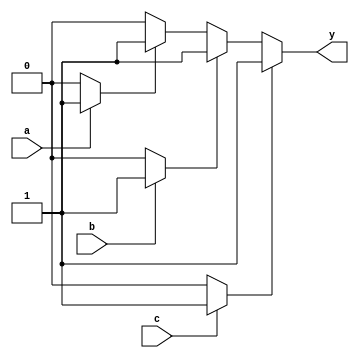
module multiple_drivers (
    input wire a,
    input wire b,
    input wire c,
    output wire y
);
    // Internal signal to hold the value driven by multiple sources
    wire driver1_out;
    wire driver2_out;
    wire driver3_out;

    // Driver 1: Drives 'y' based on input 'a'
    always @(*) begin
        if (a) begin
            driver1_out = 1'b1; // Driver 1 drives high if 'a' is high
        end else begin
            driver1_out = 1'b0; // Driver 1 drives low otherwise
        end
    end

    // Driver 2: Drives 'y' based on input 'b'
    always @(*) begin
        if (b) begin
            driver2_out = 1'b1; // Driver 2 drives high if 'b' is high
        end else begin
            driver2_out = 1'b0; // Driver 2 drives low otherwise
        end
    end

    // Driver 3: Drives 'y' based on input 'c'
    always @(*) begin
        if (c) begin
            driver3_out = 1'b1; // Driver 3 drives high if 'c' is high
        end else begin
            driver3_out = 1'b0; // Driver 3 drives low otherwise
        end
    end

    // Conflict resolution: Highest priority is given to driver 3, then driver 2, then driver 1
    assign y = (driver3_out) ? 1'b1 :
               (driver2_out) ? 1'b1 :
               (driver1_out) ? 1'b1 : 1'b0;

endmodule